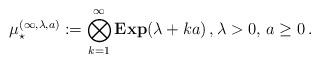
LaTeX: \begin{align*}\mu_\star^{(\infty,\lambda,a)} := \bigotimes_{k=1}^\infty {\bf Exp}(\lambda + k a) \,, \lambda > 0, \, a \ge 0 \,.\end{align*}